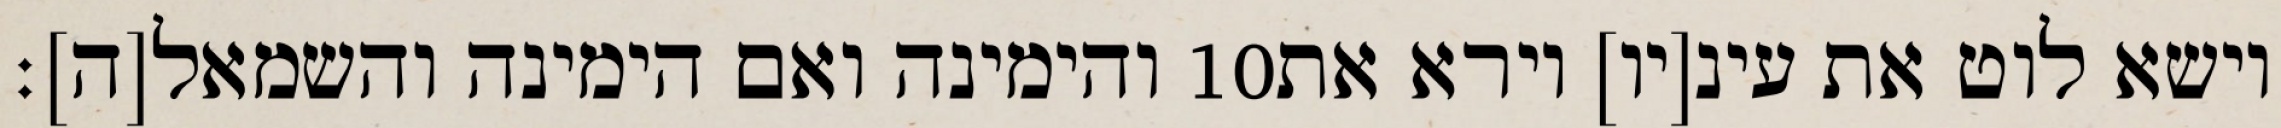
והימינה ואם הימינה והשמאל[ה]׃ ‎10‏ וישא לוט את עינ[יו] וירא את